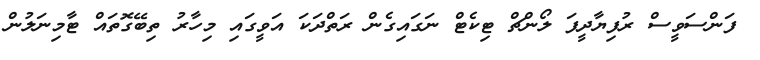
ފަންސަވީސް ރުފިޔާދީފަ ލޯންޗް ޓިކެޓް ނަގައިގެން ރަތްދަކަ އަވީގައި މިހާރު ތިބޭގޮތައް ޓާމިނަލުން